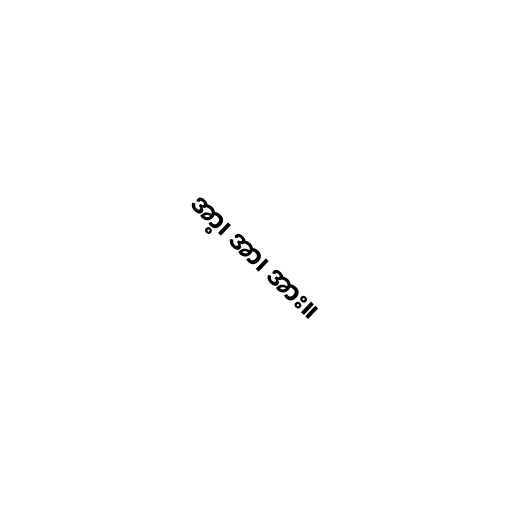
အာ့၊ အာ၊ အား။